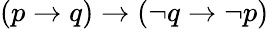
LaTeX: (p\to q)\to(\neg q\to\neg p)